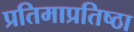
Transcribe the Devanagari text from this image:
प्रतिमाप्रतिष्ठा